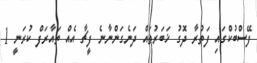
ފޭސްބުކްގައި ފަތުރާ ދޮގު ޚަބަރުތައް ދަނެގަންނާނެ ފީޗާ އެއް ތައާރަފް ކުރަނީ 1